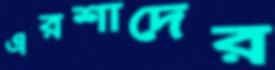
এরশাদের